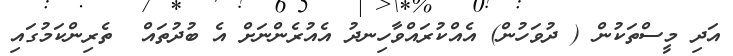
އަދި މީސްތަކުން ( ދުވަހުން) އެއްކުރައްވާހިނދު އެއުރެންނަށް އެ ބުދުތައް  ތެރިންކަމުގައި